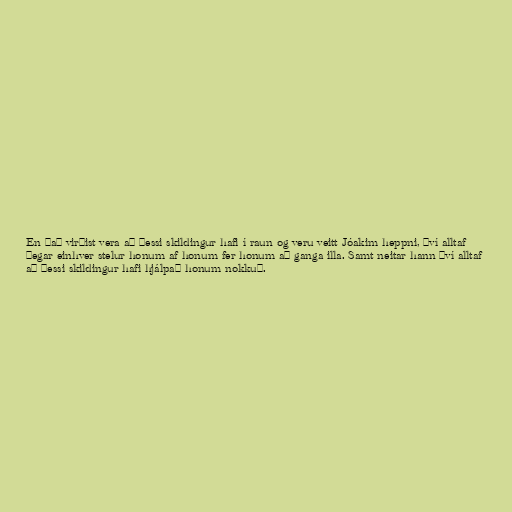
En það virðist vera að þessi skildingur hafi í raun og veru veitt Jóakim heppni, því alltaf
þegar einhver stelur honum af honum fer honum að ganga illa. Samt neitar hann því alltaf
að þessi skildingur hafi hjálpað honum nokkuð.